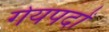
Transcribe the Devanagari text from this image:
गेयपदों